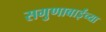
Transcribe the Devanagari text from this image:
सगुणाबाईंच्या